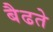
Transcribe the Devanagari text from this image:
बैढते